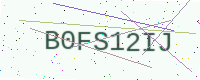
Text: B0FS12IJ